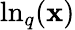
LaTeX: \ln_{q}(\mathbf{x})